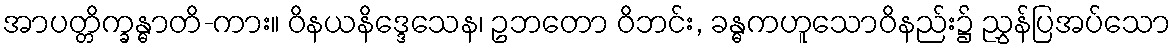
အာပတ္တိက္ခန္ဓာတိ-ကား။ ဝိနယနိဒ္ဒေသေန၊ ဥဘတော ဝိဘင်း, ခန္ဓကဟူသောဝိနည်း၌ ညွှန်ပြအပ်သော